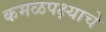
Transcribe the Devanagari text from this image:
कमळपक्ष्याचे